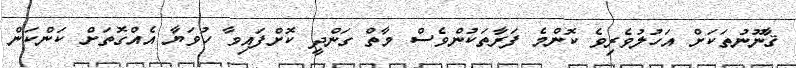
ޤާނޫނުތަކަށް އަހުލުވެރިވެ ކޮންމެ ފަރާތަކުންވެސް މާތް ގަންދީ ކޮށްފައިވާ ހުވަޔާ އެއްގޮތަށް ކަންކަން